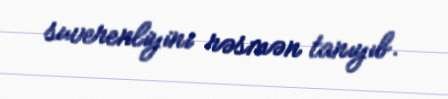
suverenliyini rəsmən tanıyıb.